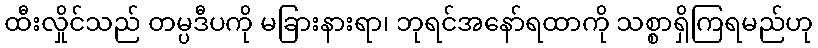
ထီးလှိုင်သည် တမ္ပဒီပကို မခြားနားရာ၊ ဘုရင်အနော်ရထာကို သစ္စာရှိကြရမည်ဟု